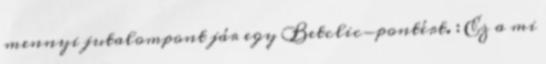
mennyi jutalompont jár egy Betclic-pontért. : Ez a mi